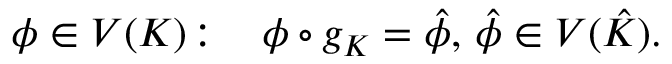
\begin{array} { r l } { \phi \in { V } ( K ) \! : \, } & { { } \phi \circ g _ { K } = \hat { \phi } , \, \hat { \phi } \in { V } ( \hat { K } ) . } \end{array}